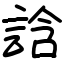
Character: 誝